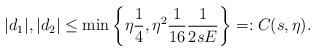
LaTeX: \begin{align*} | d_1 | , |d_2 | \leq \min \left\{ \eta \frac{1}{4} , \eta^2 \frac{1}{16} \frac{1}{ 2 s E } \right\} =: C(s,\eta). \end{align*}